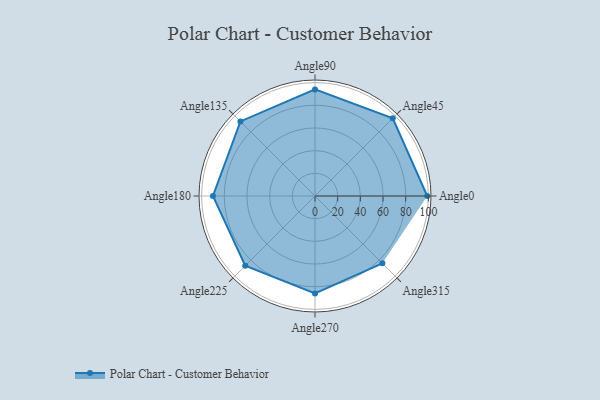
{"axis": {"x": "Angle", "y": "Radius"}, "legend": [""], "data": [{"x": "Angle0", "y": 99.0, "type": ""}, {"x": "Angle45", "y": 97.0, "type": ""}, {"x": "Angle90", "y": 94.0, "type": ""}, {"x": "Angle135", "y": 93.0, "type": ""}, {"x": "Angle180", "y": 90.0, "type": ""}, {"x": "Angle225", "y": 87.0, "type": ""}, {"x": "Angle270", "y": 86.0, "type": ""}, {"x": "Angle315", "y": 84.0, "type": ""}]}